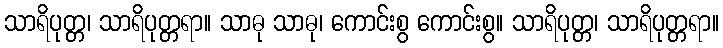
သာရိပုတ္တ၊ သာရိပုတ္တရာ။ သာဓု သာဓု၊ ကောင်းစွ ကောင်းစွ။ သာရိပုတ္တ၊ သာရိပုတ္တရာ။